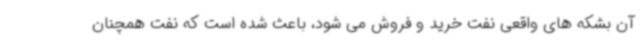
آن بشکه های واقعی نفت خرید و فروش می شود، باعث شده است که نفت همچنان